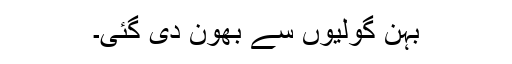
بہن گولیوں سے بھون دی گئی۔